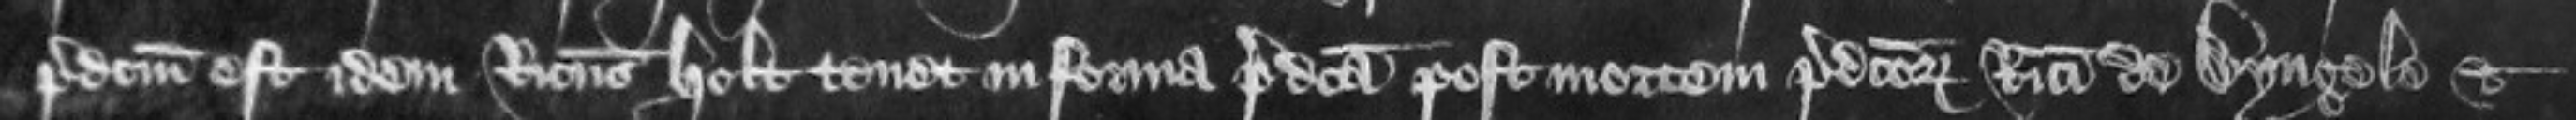
predictum est idem Ricardus Holt tenet in forma predicta post mortem predictorum Ricardi de Dyngele et